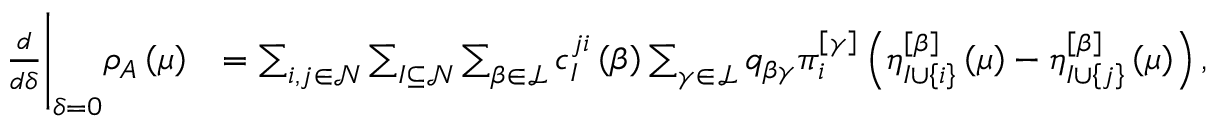
\begin{array} { r l } { \frac { d } { d \delta } \Bigg \vert _ { \delta = 0 } \rho _ { A } \left( \mu \right) } & { = \sum _ { i , j \in \mathcal { N } } \sum _ { I \subseteq \mathcal { N } } \sum _ { \beta \in \mathcal { L } } c _ { I } ^ { j i } \left( \beta \right) \sum _ { \gamma \in \mathcal { L } } q _ { \beta \gamma } \pi _ { i } ^ { \left[ \gamma \right] } \left( \eta _ { I \cup \left\{ i \right\} } ^ { \left[ \beta \right] } \left( \mu \right) - \eta _ { I \cup \left\{ j \right\} } ^ { \left[ \beta \right] } \left( \mu \right) \right) , } \end{array}